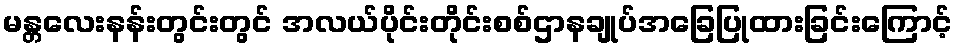
မန္တလေးနန်းတွင်းတွင် အလယ်ပိုင်းတိုင်းစစ်ဌာနချုပ်အခြေပြုထားခြင်းကြောင့်